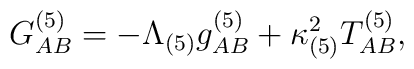
G^{(5)}_{AB}         = -\Lambda_{(5)}g^{(5)}_{AB}          +\kappa^2_{(5)}T^{(5)}_{AB},